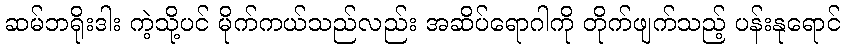
ဆမ်ဘရိုးဒါး ကဲ့သို့ပင် မိုက်ကယ်သည်လည်း အဆိပ်ရောဂါကို တိုက်ဖျက်သည့် ပန်းနုရောင်